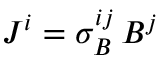
J ^ { i } = \sigma _ { B } ^ { i j } \, B ^ { j }